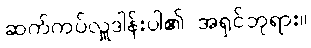
ဆက်ကပ်လှူဒါန်းပါ၏ အရှင်ဘုရား။